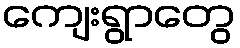
ကျေးရွာတွေ